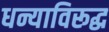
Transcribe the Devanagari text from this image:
धन्याविरूद्ध